Rangoon Lunatic Asylum 1878-1892 - 1878-1892
Year: 1878
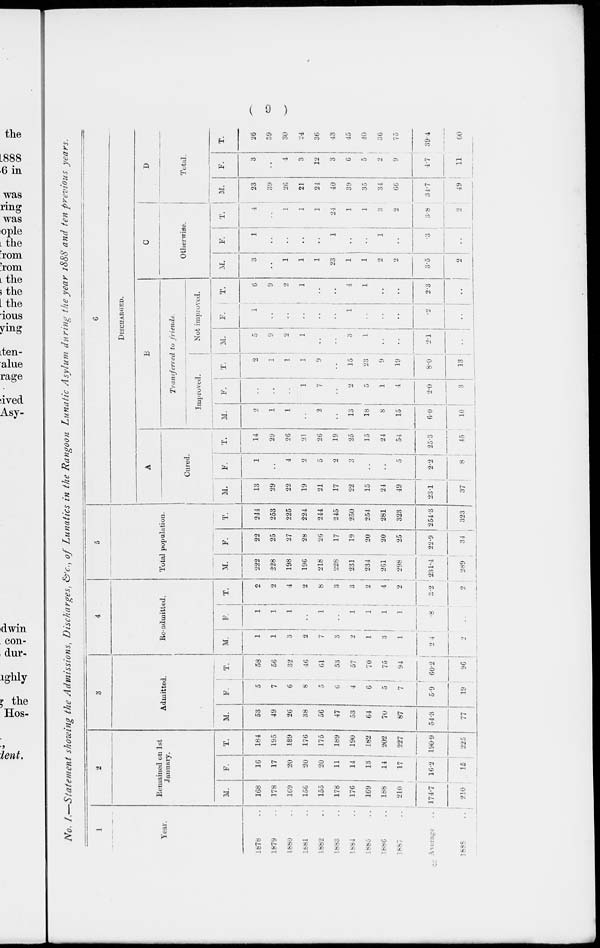
( 9 )
No. I.—Statement showing the Admissions, Discharges, &c., of Lunatics in the Rangoon Lunatic Asylum during the year 1888 and ten previous years.
1
Year.
1878 ..
1879 ..
1880 ..
1881 ..
1882 ..
1883 ..
1884 ..
1885 ..
1886 ..
1887
..
Average
..
1888
..
2
Remained on 1st
January.
M.
168
178
169
156
155
178
176
169
188
210
174.7
210
F.
16
17
20
20
20
11
14
13
14
17
16.2
15
T.
184
195
189
176
175
189
190
182
202
227
190.9
225
3
Admitted.
M.
53
49
26
38
56
47
53
64
70
87
54.3
77
F.
5
7
6
8
5
6
4
6
5
7
5.9
19
T.
58
56
32
46
61
53
57
70
75
94
60.2
96
4
Re-admitted.
M.
1
1
3
2
7
3
2
1
3
1
2.4
2
F.
1
1
1
..
1
..
1
1
1
1
.8
..
T.
2
2
4
2
8
3
3
2
4
2
3.2
2
5
Total population.
M.
222
228
198
196
218
228
231
234
261
298
231.4
289
F.
22
25
27
28
26
17
19
20
20
25
22.9
34
T.
244
253
225
224
244
245
250
254
281
323
254.3
323
6
DISCHARGED.
A
Cured.
M.
13
29
22
19
21
17
22
15
24
49
23.1
37
F.
1
..
4
2
5
2
3
..
..
5
2.2
8
T.
14
29
26
21
26
19
25
15
24
54
25.3
45
B
Transferred to friends.
Improved.
M.
2
1
1
..
2
..
13
18
8
15
6.0
10
F.
..
..
..
1
7
..
2
5
1
4
2.0
3
T.
2
1
1
1
9
..
15
23
9
19
8.0
13
Not improved.
M.
5
9
2
1
..
..
3
1
..
..
2.1
..
F.
1
..
..
..
..
..
1
..
..
..
.2
..
T.
6
9
2
1
..
..
4
1
..
..
2.3
..
C
Otherwise.
M.
3
..
1
1
1
23
1
1
2
2
3.5
2
F.
1
..
..
..
..
1
..
..
1
..
.3
..
T.
4
..
1
1
1
24
1
1
3
2
3.8
2
D
Total.
M.
23
39
26
21
24
40
39
35
34
66
34.7
49
F.
3
..
4
3
12
3
6
5
2
9
4.7
11
T.
26
39
30
24
36
43
45
40
36
75
39.4
60
3